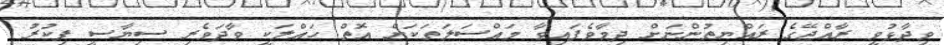
ވިދާޅުވީ ރާއްޖޭގެ ރައްޔިތުންނަށް ދިމާވެފައިވާ މައްސަލަތަކަށް އޮތް ހައްލަކީ ވާދަވެރި ސިޔާސީ ފިކުރު